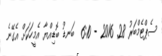
ސެޕްޓެމްބަރު 28